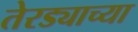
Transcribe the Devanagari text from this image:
तेरड्याच्या